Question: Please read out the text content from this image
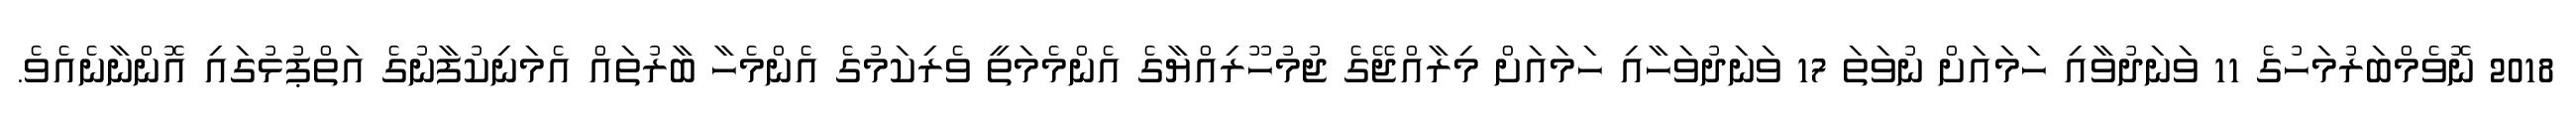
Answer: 2018 ނޮވެމްބަރުމަހުގެ 11 ވަނަދުވާއި ހަމައަށް ނުވަތަ 17 ވަނަދުވަހާއި ހަމައަށް މިރާއްޖޭގެ ޖުމުހޫރިއްޔާގެ އެންމެމަތީ ވެރިކަމުގެ އެންމެހާ ބާރުތައް އެމަނިކުފާނުގެ އަތްޕުޅުގައި އޮންނާނެއެވެ.